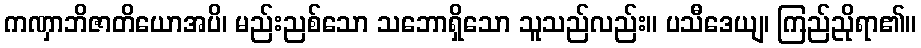
ကဏှာဘိဇာတိယောအပိ၊ မည်းညစ်သော သဘောရှိသော သူသည်လည်း။ ပသီဒေယျ၊ ကြည်ညိုရာ၏။